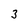
Character: 3